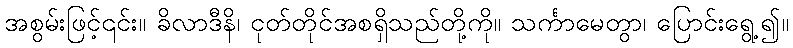
အစွမ်းဖြင့်၎င်း။ ခိလာဒီနိ၊ ငုတ်တိုင်အစရှိသည်တို့ကို။ သင်္ကာမေတွာ၊ ပြောင်းရွေ့၍။